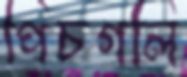
পিচগলি